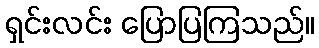
ရှင်းလင်း ပြောပြကြသည်။